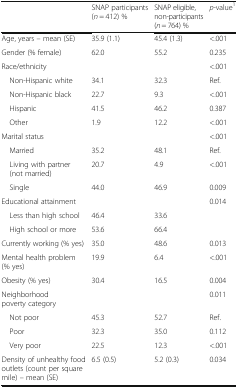
|  | SNAP participants (n = 412) % | SNAP eligible, non-participants (n = 764) % | p-value1 |
 | --- | --- | --- | --- |
 | Age, years – mean (SE) | 35.9 (1.1) | 45.4 (1.3) | <.001 |
 | Gender (% female) | 62.0 | 55.2 | 0.235 |
 | Race/ethnicity |  |  | <.001 |
 | Non-Hispanic white | 34.1 | 32.3 | Ref. |
 | Non-Hispanic black | 22.7 | 9.3 | <.001 |
 | Hispanic | 41.5 | 46.2 | 0.387 |
 | Other | 1.9 | 12.2 | <.001 |
 | Marital status |  |  | <.001 |
 | Married | 35.2 | 48.1 | Ref. |
 | Living with partner (not married) | 20.7 | 4.9 | <.001 |
 | Single | 44.0 | 46.9 | 0.009 |
 | Educational attainment |  |  | 0.014 |
 | Less than high school | 46.4 | 33.6 |  |
 | High school or more | 53.6 | 66.4 |  |
 | Currently working (% yes) | 35.0 | 48.6 | 0.013 |
 | Mental health problem (% yes) | 19.9 | 6.4 | <.001 |
 | Obesity (% yes) | 30.4 | 16.5 | 0.004 |
 | Neighborhood poverty category |  |  | 0.011 |
 | Not poor | 45.3 | 52.7 | Ref. |
 | Poor | 32.3 | 35.0 | 0.112 |
 | Very poor | 22.5 | 12.3 | <.001 |
 | Density of unhealthy food outlets (count per square mile) – mean (SE) | 6.5 (0.5) | 5.2 (0.3) | 0.034 |